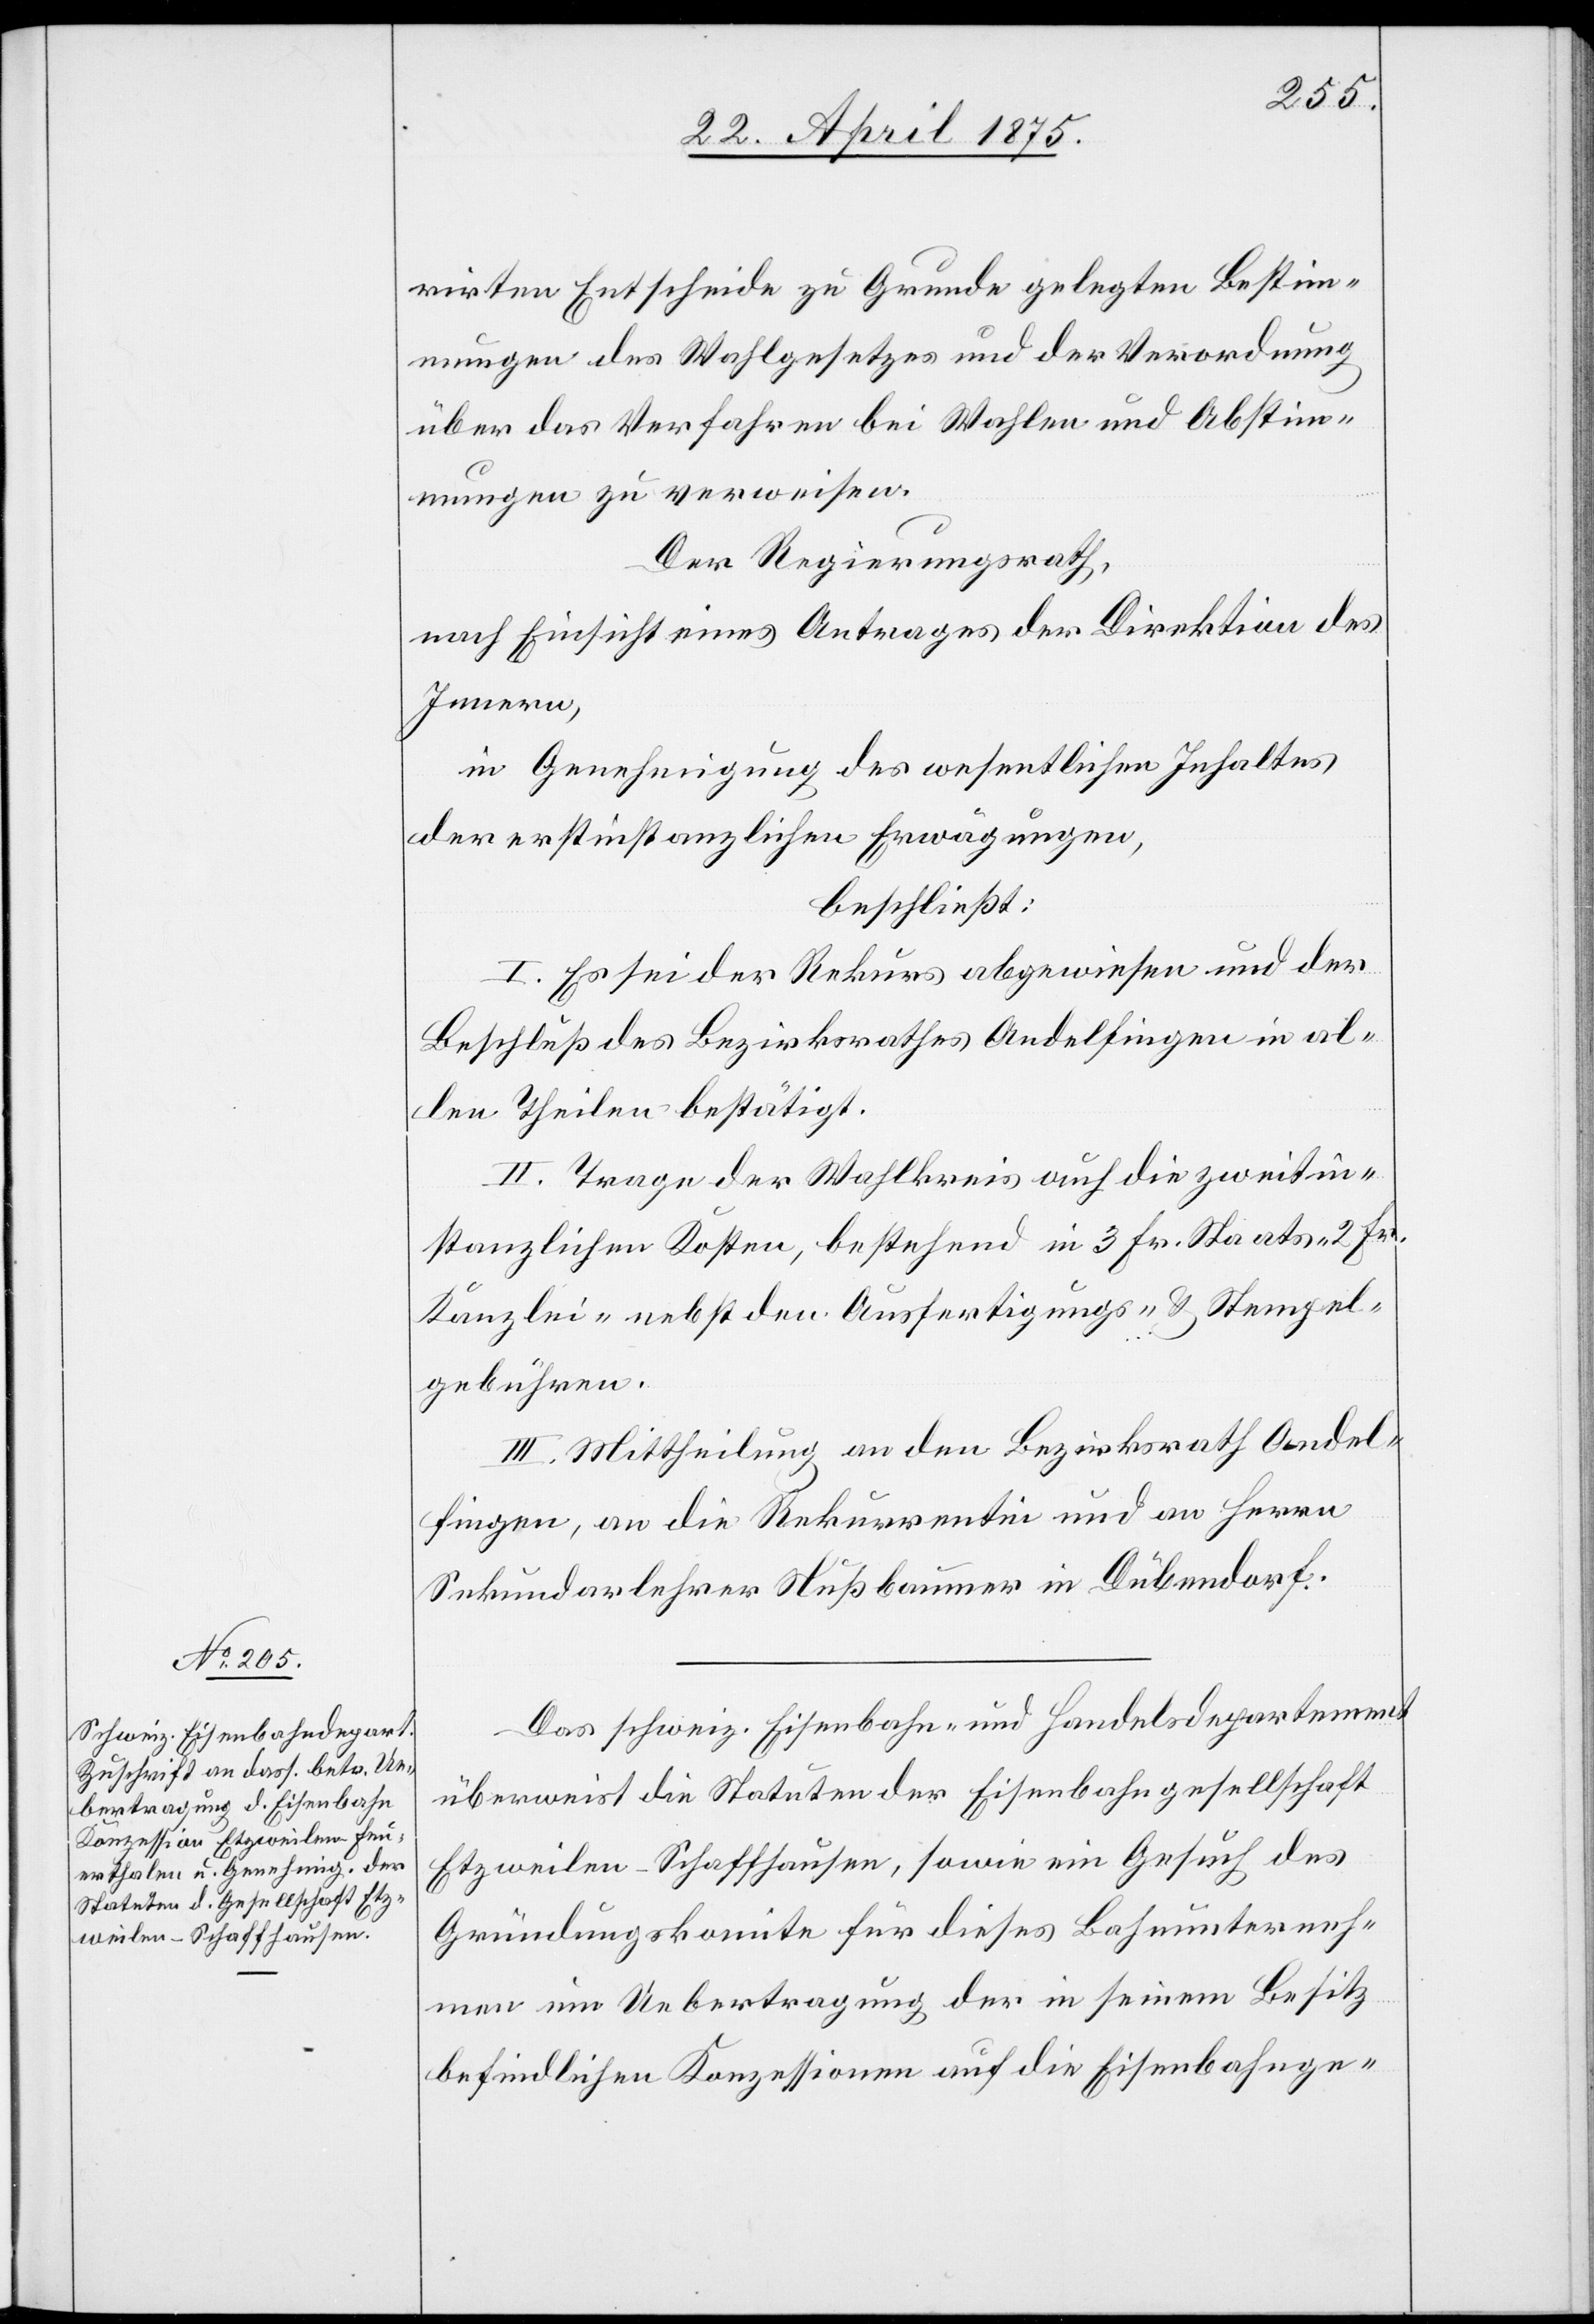
rirten Entscheide zu Grunde gelegten Bestim¬
mungen des Wahlgesetzes und der Verordnung
über das Verfahren bei Wahlen und Abstim¬
mungen zu verweisen.
Der Regierungsrath,
nach Einsicht eines Antrages der Direktion des
Innern,
in Genehmigung des wesentlichen Inhaltes
der erstinstanzlichen Erwägungen,
beschließt:
I. Es sei der Rekurs abgewiesen und der
Beschluß des Bezirksrath Andelfingen in al¬
len Theilen bestätigt.
II. Trage der Wahlkreis auch die zweitin¬
stanzlichen Kosten, bestehend in 3 Fr. Staats- 2 Fr.
Kanzlei- nebst den Ausfertigungs- & Stempel¬
gebühren.
III. Mittheilung an den Bezirksrath Andel¬
fingen, an die Rekurrentin und an Herrn
Sekundarlehrer Nußbaumer in Dübendorf.
Das schweiz. Eisenbahn- und Handelsdepartement
überweist die Statuten der Eisenbahngesellschaft
Etzweilen–Schffhausen, sowie ein Gesuch des
Gründungskomite für dieses Bahnunterneh¬
men um Uebertragung der in seinem Besitz
befindlichen Konzessionen auf die Eisenbahnge-